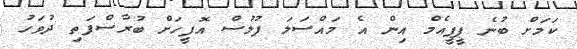
ކަމަށް ބުނެ ޕީޕީއެމް އިން އެ މައްސަލަ ފުލުސް އޮފީހަށް ބުރާސްފަތި ދުވަހު